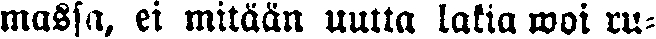
massa, ei mitään uutta lakia woi ru-